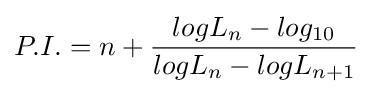
P.I.=n+{logL_{n}-log_{10} \over logL_{n}-logL_{n+1}}